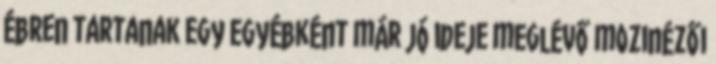
ébren tartanak egy egyébként már jó ideje meglévő mozinézői